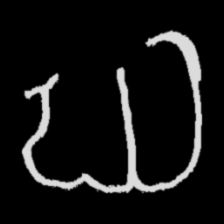
Pyu character \u2014 Myanmar letter: ဃ (romanized: gha)